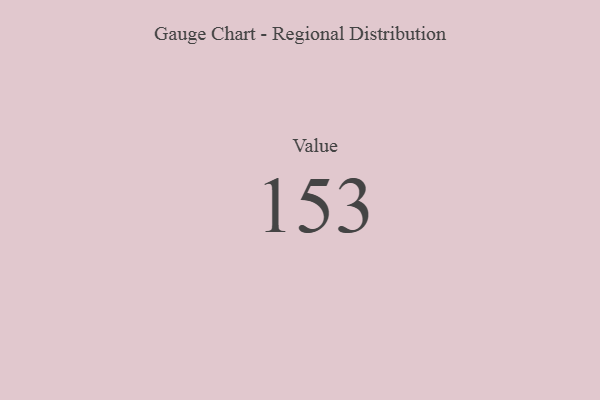
{"axis": {"x": "Metric", "y": "Value"}, "legend": [""], "data": [{"x": "Value", "y": 153, "type": ""}]}